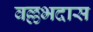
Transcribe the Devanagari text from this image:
वल्लभदास